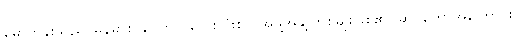
မော်ကွန်းသည် မြန်မာစာပေတွင် လေးလုံးစပ် အဖွဲ့အနွဲ့ တစ်မျိုးဖြစ်၏။ ဆင်တော်အကြောင်း၊